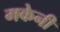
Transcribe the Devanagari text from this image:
मकेनी